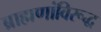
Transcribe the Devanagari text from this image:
ब्राह्मणांविरूद्ध